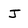
Character: J